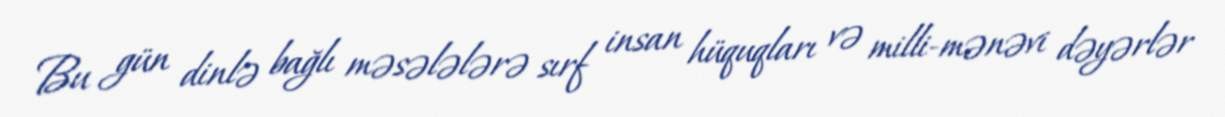
Bu gün dinlə bağlı məsələlərə sırf insan hüquqları və milli-mənəvi dəyərlər